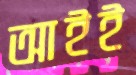
আইই